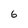
Character: 6